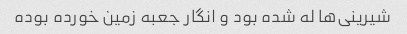
شیرینی‌ها له شده بود و انگار جعبه زمین خورده بوده